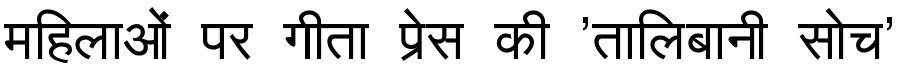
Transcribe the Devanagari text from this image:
महिलाओं पर गीता प्रेस की 'तालिबानी सोच'